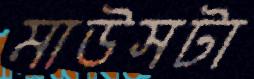
মাউসটা